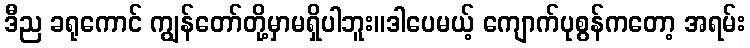
ဒီည ခရုကောင် ကျွန်တော်တို့မှာမရှိပါဘူး။ဒါပေမယ့် ကျောက်ပုစွန်ကတော့ အရမ်း